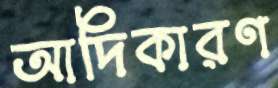
আদিকারণ